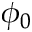
\phi _ { 0 }